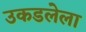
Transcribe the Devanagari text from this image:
उकडलेला